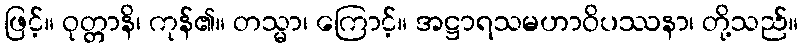
ဖြင့်။ ဝုတ္တာနိ၊ ကုန်၏။ တသ္မာ၊ ကြောင့်။ အဋ္ဌာရသမဟာဝိပဿနာ၊ တို့သည်။